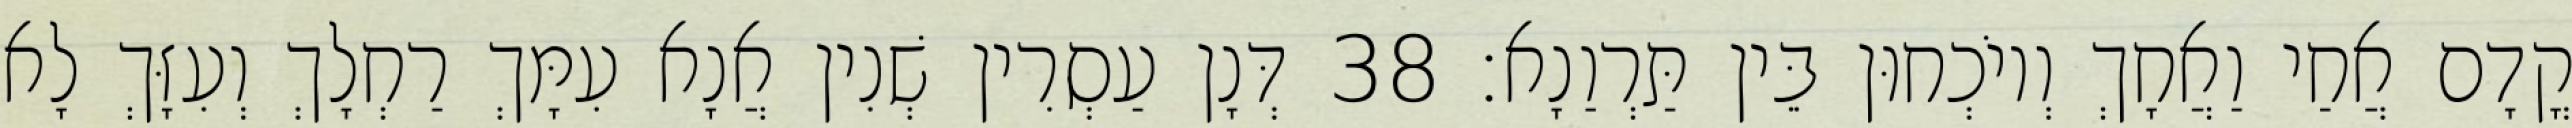
קֳדָם אֲחַי וַאֲחָךְ וְיוֹכְחוּן בֵּין תַּרְוַנָא׃ 38 דְּנָן עַסְרִין שְׁנִין אֲנָא עִמָּךְ רַחְלָךְ וְעִזָּךְ לָא